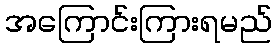
အကြောင်းကြားရမည်